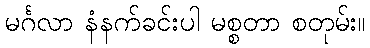
မင်္ဂလာ နံနက်ခင်းပါ မစ္စတာ စတုမ်း။